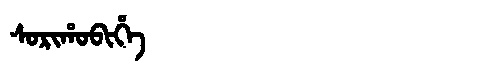
Manchu: ᠰᠣᡵᡳᡥᠣᠪᡳᡥᡝ
Romanization: SORIHOBIHE